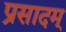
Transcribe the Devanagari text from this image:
प्रसादम्